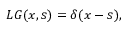
L G ( x , s ) = \delta ( x - s ) ,